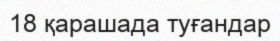
18 қарашада туғандар